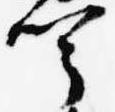
聞